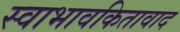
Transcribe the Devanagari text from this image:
स्वाभावकितावाद